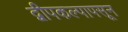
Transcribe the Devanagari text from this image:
द्वीपकल्पापसून